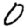
Digit: 0